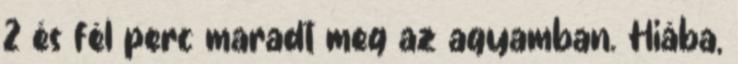
2 és fél perc maradt meg az agyamban. Hiába,